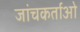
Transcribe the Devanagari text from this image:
जांचकर्ताओ